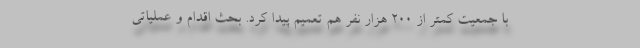
با جمعیت کمتر از ۲۰۰ هزار نفر هم تعمیم پیدا کرد. بحث اقدام و عملیاتی